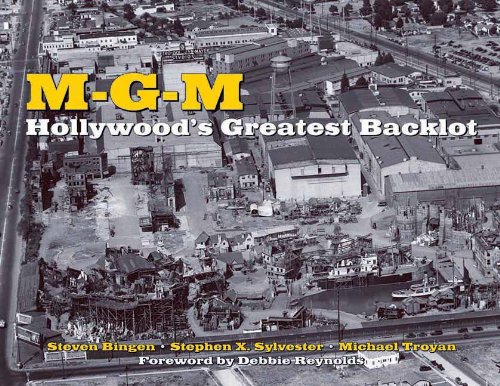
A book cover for MGM: Hollywood's Greatest Backlot; Steven Bingen; Humor & Entertainment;